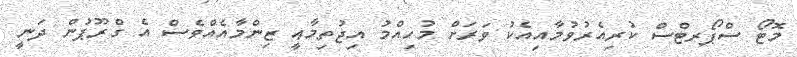
މޮޓޯ ސްޕޯރޓްސް ކުރިއެރުވުމާއިއެކު ވަރަށް މުހިއްމު އިޖުތިމާޢީ ޒިންމާއެއްވެސް އެ ގްރޫޕުން ދަނީ